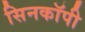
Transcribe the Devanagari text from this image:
सिनकाॅपी